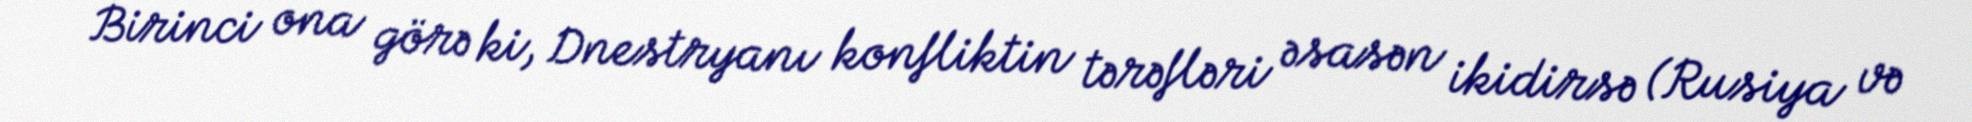
Birinci ona görə ki, Dnestryanı konfliktin tərəfləri əsasən ikidirsə (Rusiya və